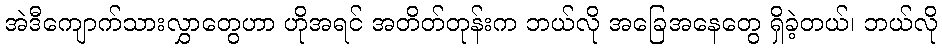
အဲဒီကျောက်သားလွှာတွေဟာ ဟိုအရင် အတိတ်တုန်းက ဘယ်လို အခြေအနေတွေ ရှိခဲ့တယ်၊ ဘယ်လို